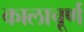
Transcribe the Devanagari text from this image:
कालाचूर्ण